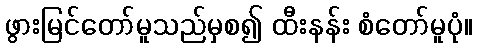
ဖွားမြင်တော်မူသည်မှစ၍ ထီးနန်း စံတော်မူပုံ။